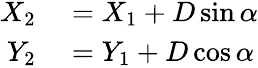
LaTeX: \begin{array}{rl}{X_{2}}&{{}=X_{1}+D\sin\alpha}\\ {Y_{2}}&{{}=Y_{1}+D\cos\alpha}\end{array}